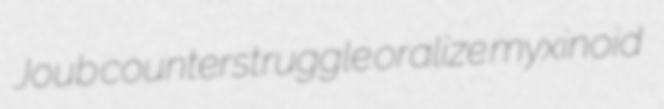
Joub counterstruggle oralize myxinoid